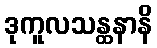
ဒုကူလသန္ထနာနိ